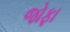
જોફા